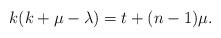
LaTeX: \begin{align*}k(k+\mu-\lambda)=t+(n-1)\mu. \end{align*}